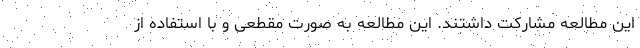
این مطالعه مشارکت داشتند. این مطالعه به صورت مقطعی و با استفاده از